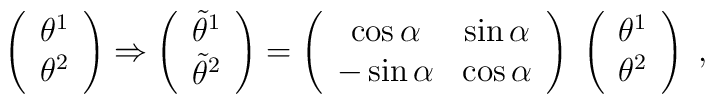
\left(\begin{array}{c}\theta^1\\ \theta^2\end{array}\right)\Rightarrow\left(\begin{array}{c}\tilde\theta^1\\ \tilde\theta^2\end{array}\right)=\left(\begin{array}{cc}\cos\alpha & \sin\alpha \\ -\sin\alpha & \cos\alpha\end{array}\right)\;\left(\begin{array}{c}\theta^1 \\\theta^2\end{array}\right)\;,